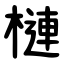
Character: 槤